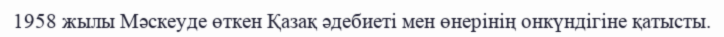
1958 жылы Мәскеуде өткен Қазақ әдебиеті мен өнерінің онкүндігіне қатысты.